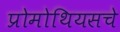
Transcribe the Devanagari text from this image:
प्रोमोथियसचे